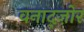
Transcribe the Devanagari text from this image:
वनाद्ज़ोर